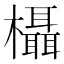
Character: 欇